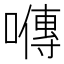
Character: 𡀯